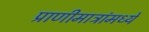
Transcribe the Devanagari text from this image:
प्राणीमात्रांमध्ये